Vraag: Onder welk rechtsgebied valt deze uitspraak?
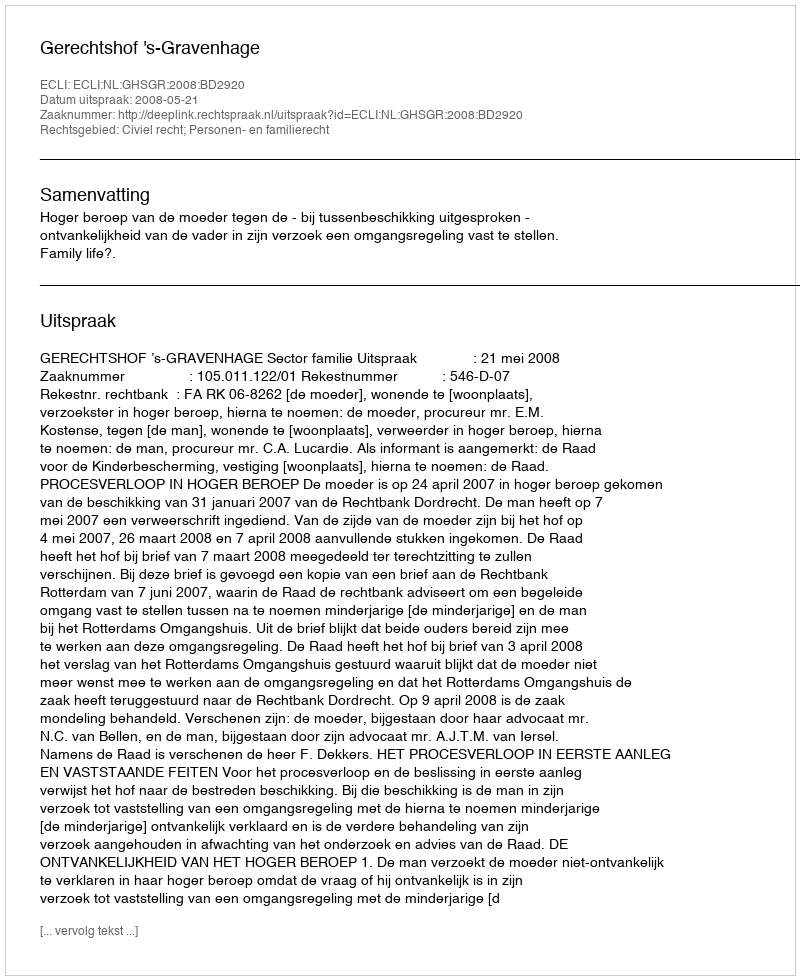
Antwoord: Civiel recht; Personen- en familierecht